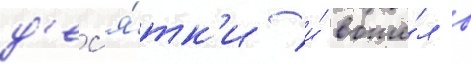
д'ес'я́тк'и и́ вошё́л в